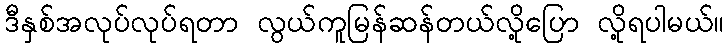
ဒီနှစ်အလုပ်လုပ်ရတာ လွယ်ကူမြန်ဆန်တယ်လို့ပြော လို့ရပါမယ်။